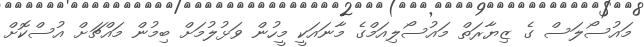
މައުސޯލަސް ގެ ޒިޔާރަތް މައުސޯލިއަމްގެ މާނައަކީ މީހުން ވަޅުލުމަށް ބިމުން މައްޗަށް އުސްކޮށް